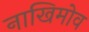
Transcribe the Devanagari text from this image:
नाखिमोव